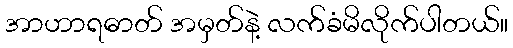
အာဟာရဓာတ် အမှတ်နဲ့ လက်ခံမိလိုက်ပါတယ်။